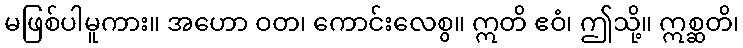
မဖြစ်ပါမူကား။ အဟော ဝတ၊ ကောင်းလေစွ။ ဣတိ ဧဝံ၊ ဤသို့။ ဣစ္ဆတိ၊